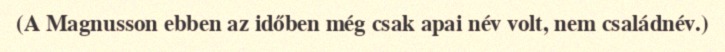
(A Magnusson ebben az időben még csak apai név volt, nem családnév.)